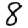
Digit: 8